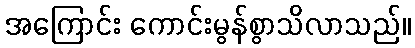
အကြောင်း ကောင်းမွန်စွာသိလာသည်။